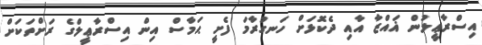
އިސްރާޢީލުން ޣައްޒާ އާއި ދެކޮޅަށް ހަނގުރާމަ ފެށީ ޙަމާސް އިން އިސްރާޢީލްގެ ރަށްތަކަށް